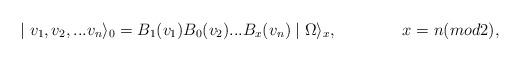
LaTeX: \begin{align*}\mid v_1,v_2,...v_n\rangle_0=B_1(v_1)B_0(v_2)...B_x(v_n)\mid\Omega\rangle_x,\qquad \qquad x=n(mod 2),\end{align*}